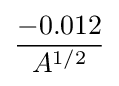
-0.012 \over A^{1/2}